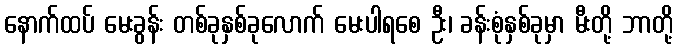
နောက်ထပ် မေးခွန်း တစ်ခုနှစ်ခုလောက် မေးပါရစေ ဦး၊ ခန်းစုံနှစ်ခုမှာ မီးတို့ ဘာတို့